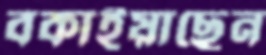
বকাইয়াছেন